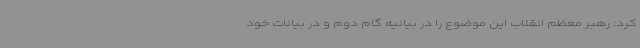
کرد: رهبر معظم انقلاب این موضوع را در بیانیه گام دوم و در بیانات خود